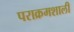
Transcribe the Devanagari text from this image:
पराक्रमशाली